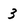
Character: 3